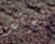
بوند